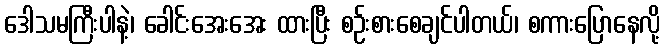
ဒေါသမကြီးပါနဲ့၊ ခေါင်းအေးအေး ထားပြီး စဉ်းစားစေချင်ပါတယ်၊ စကားပြောနေလို့